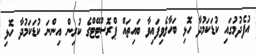
އުފެދުމުގައި ކުޑަކަމުދާ ހޮޅި ބަހާލެވިފައިވާ ބައިތައް ޕްރޮސްޓޭޓްގެ ކުރިން އިންނަ ކުޑަކަމުދާ ހޮޅި